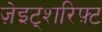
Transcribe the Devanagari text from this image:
ज़ेइट्शरिफ़्ट